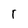
Character: r